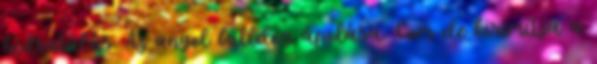
hidratálás. Az angol bulldog ápolása. Com de kisimítja a